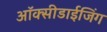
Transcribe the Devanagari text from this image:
ऑक्सीडाईजिंग